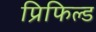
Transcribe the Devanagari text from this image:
प्रिफिल्ड